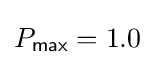
P_{\mathsf {max}}=1.0